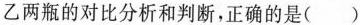
乙两瓶的对比分析和判断，正确的是( )